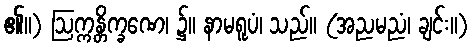
၏။) ဩက္ကန္တိက္ခဏေ၊ ၌။ နာမရူပံ၊ သည်။ (အညမညံ၊ ချင်း။)